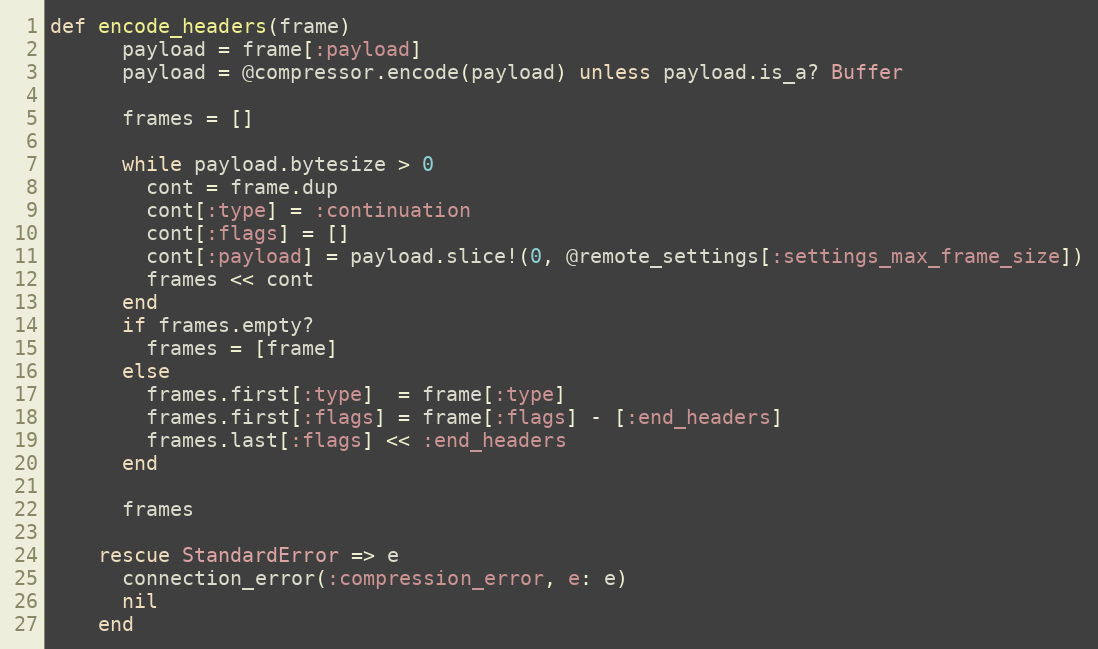
Language: Ruby
def encode_headers(frame)
      payload = frame[:payload]
      payload = @compressor.encode(payload) unless payload.is_a? Buffer

      frames = []

      while payload.bytesize > 0
        cont = frame.dup
        cont[:type] = :continuation
        cont[:flags] = []
        cont[:payload] = payload.slice!(0, @remote_settings[:settings_max_frame_size])
        frames << cont
      end
      if frames.empty?
        frames = [frame]
      else
        frames.first[:type]  = frame[:type]
        frames.first[:flags] = frame[:flags] - [:end_headers]
        frames.last[:flags] << :end_headers
      end

      frames

    rescue StandardError => e
      connection_error(:compression_error, e: e)
      nil
    end